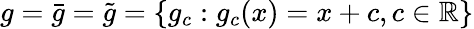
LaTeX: g={\bar{g}}={\tilde{g}}=\{ g_{c}:g_{c}(x)=x+c,c\in\mathbb{R}\}